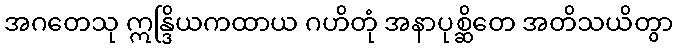
အဂတေသု ဣန္ဒြိယကထာယ ဂဟိတုံ အနာပုစ္ဆိတေ အတိသယိတွာ